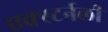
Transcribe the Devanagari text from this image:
एक्स्टर्नली